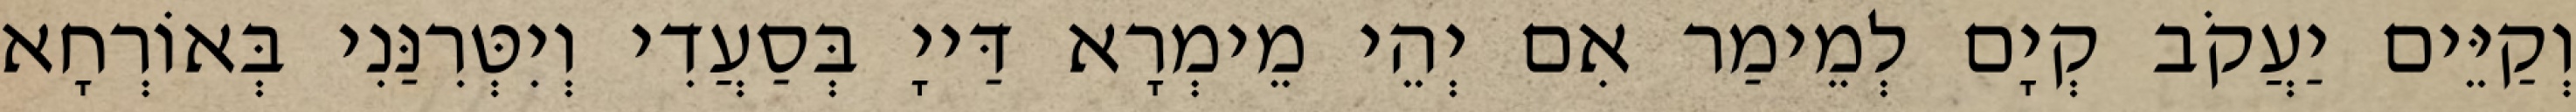
וְקַיֵּים יַעֲקֹב קְיָם לְמֵימַר אִם יְהֵי מֵימְרָא דַּייָ בְּסַעֲדִי וְיִטְּרִנַּנִי בְּאוֹרְחָא